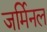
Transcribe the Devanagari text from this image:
जर्मिनल